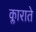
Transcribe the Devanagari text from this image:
क्लाराते